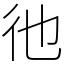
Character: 彵